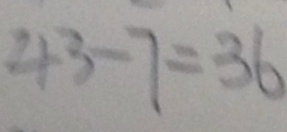
4 3 - 7 = 3 6